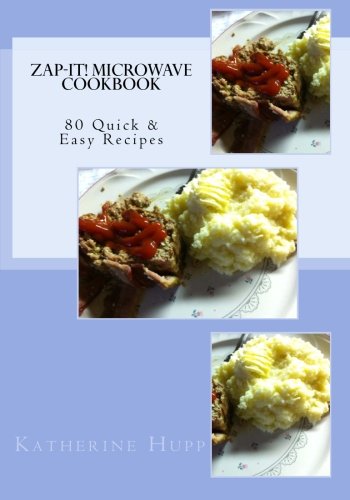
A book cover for Zap-It! Microwave Cookbook 80 Quick & Easy Recipes; Katherine L Hupp; Cookbooks, Food & Wine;